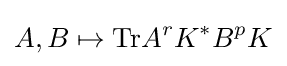
A,B\mapsto {\rm {Tr}}A^{r}K^{*}B^{p}K